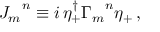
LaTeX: { J _ { m } } ^ { n } \equiv i \, \eta _ { + } ^ { \dagger } { \Gamma _ { m } } ^ { n } \eta _ { + } \, ,